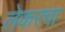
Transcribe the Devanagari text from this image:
लेकरचा